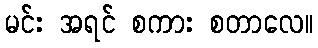
မင်း အရင် စကား စတာလေ။